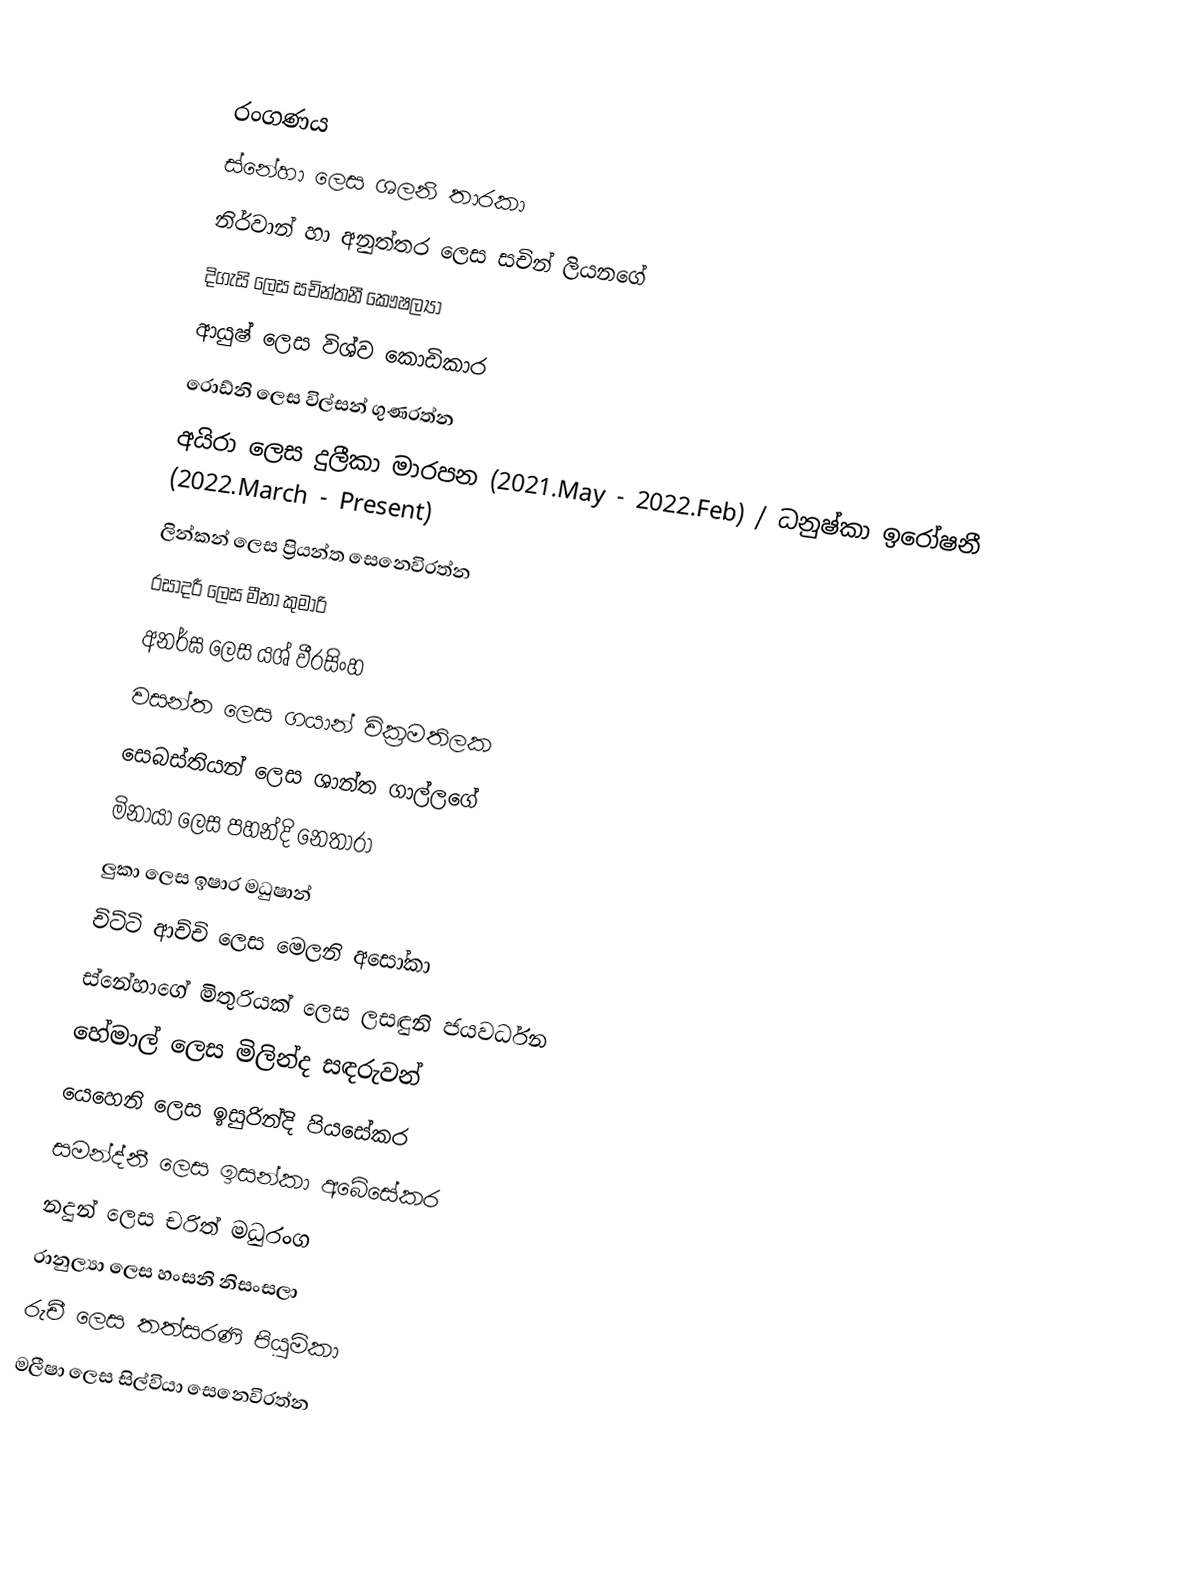

රංගණය
 ස්නේහා ලෙස ශලනි තාරකා
 නිර්වාන් හා අනුත්තර ලෙස සචින් ලියනගේ
 දිගැසි ලෙස සචින්තනී කෞෂල්‍යා
 ආයුෂ් ලෙස විශ්ව කොඩිකාර
 රොඩ්නි  ලෙස විල්සන් ගුණරත්න
 අයිරා  ලෙස දුලීකා මාරපන (2021.May - 2022.Feb) / ධනුෂ්කා ඉරෝෂනී (2022.March - Present)
 ලින්කන්  ලෙස ප්‍රියන්ත සෙනෙවිරත්න
 රසාදරී ලෙස මීනා කුමාරි
 අනර්ඝ ලෙස යශ් වීරසිංහ
 වසන්ත ලෙස ගයාන් වික්‍රමතිලක
 සෙබස්තියන් ලෙස ශාන්ත ගාල්ලගේ
 මිනායා ලෙස පහන්දි නෙතාරා
 ලුකා ලෙස ඉෂාර මධුෂාන්
 චිට්ටි ආච්චි ලෙස මෙලනි අසෝකා
 ස්නේහාගේ මිතුරියක් ලෙස ලසඳුනි ජයවර්ධන
 හේමාල් ලෙස මිලින්ද සඳරුවන්
 යෙහෙනි ලෙස ඉසුරින්දි පියසේකර
 සමන්ද්නී ලෙස ඉසන්කා අබේසේකර
 නදුන් ලෙස චරිත් මධුරංග
 රානුල්‍යා ලෙස හංසනි නිසංසලා
 රුචී ලෙස තත්සරණි පියුමිකා
 මලීෂා ලෙස සිල්වියා සෙනෙවිරත්න